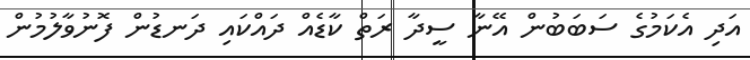
އަދި އެކަމުގެ ސަބަބުން އޭނާ ސީދާ ރަތް ކާޑެއް ދައްކައި ދަނޑުން ފޮނުވާލުމުން